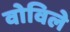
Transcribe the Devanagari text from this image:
वोविले